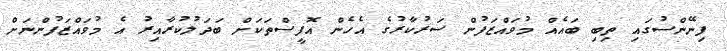
ފިނޭންސުގައި ތިބި ބައެއް މުވައްޒަފުން ސަރުކާރުގެ އެހެން އޮފީސްތަކަށް ބަދަލުކުރާއިރު އެ މުވައްޒަފުންނަށް